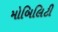
મોબિલિટી